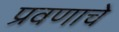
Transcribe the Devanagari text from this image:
प्रवणाचे